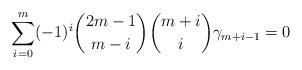
LaTeX: \begin{align*} \sum\limits_{i=0}^{m} (-1)^i {2m - 1 \choose m - i}{m + i \choose i} \gamma_{m + i - 1} = 0\end{align*}